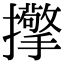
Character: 𢹘